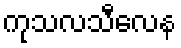
ကုသလသီလေန